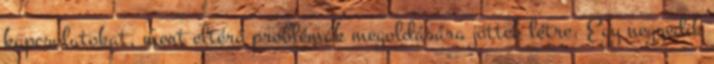
kapcsolatokat, mert eltérő problémák megoldására jöttek létre. Egy negyedik